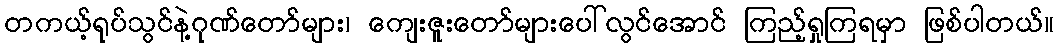
တကယ့်ရုပ်သွင်နဲ့ဂုဏ်တော်များ၊ ကျေးဇူးတော်များပေါ်လွင်အောင် ကြည့်ရှုကြရမှာ ဖြစ်ပါတယ်။